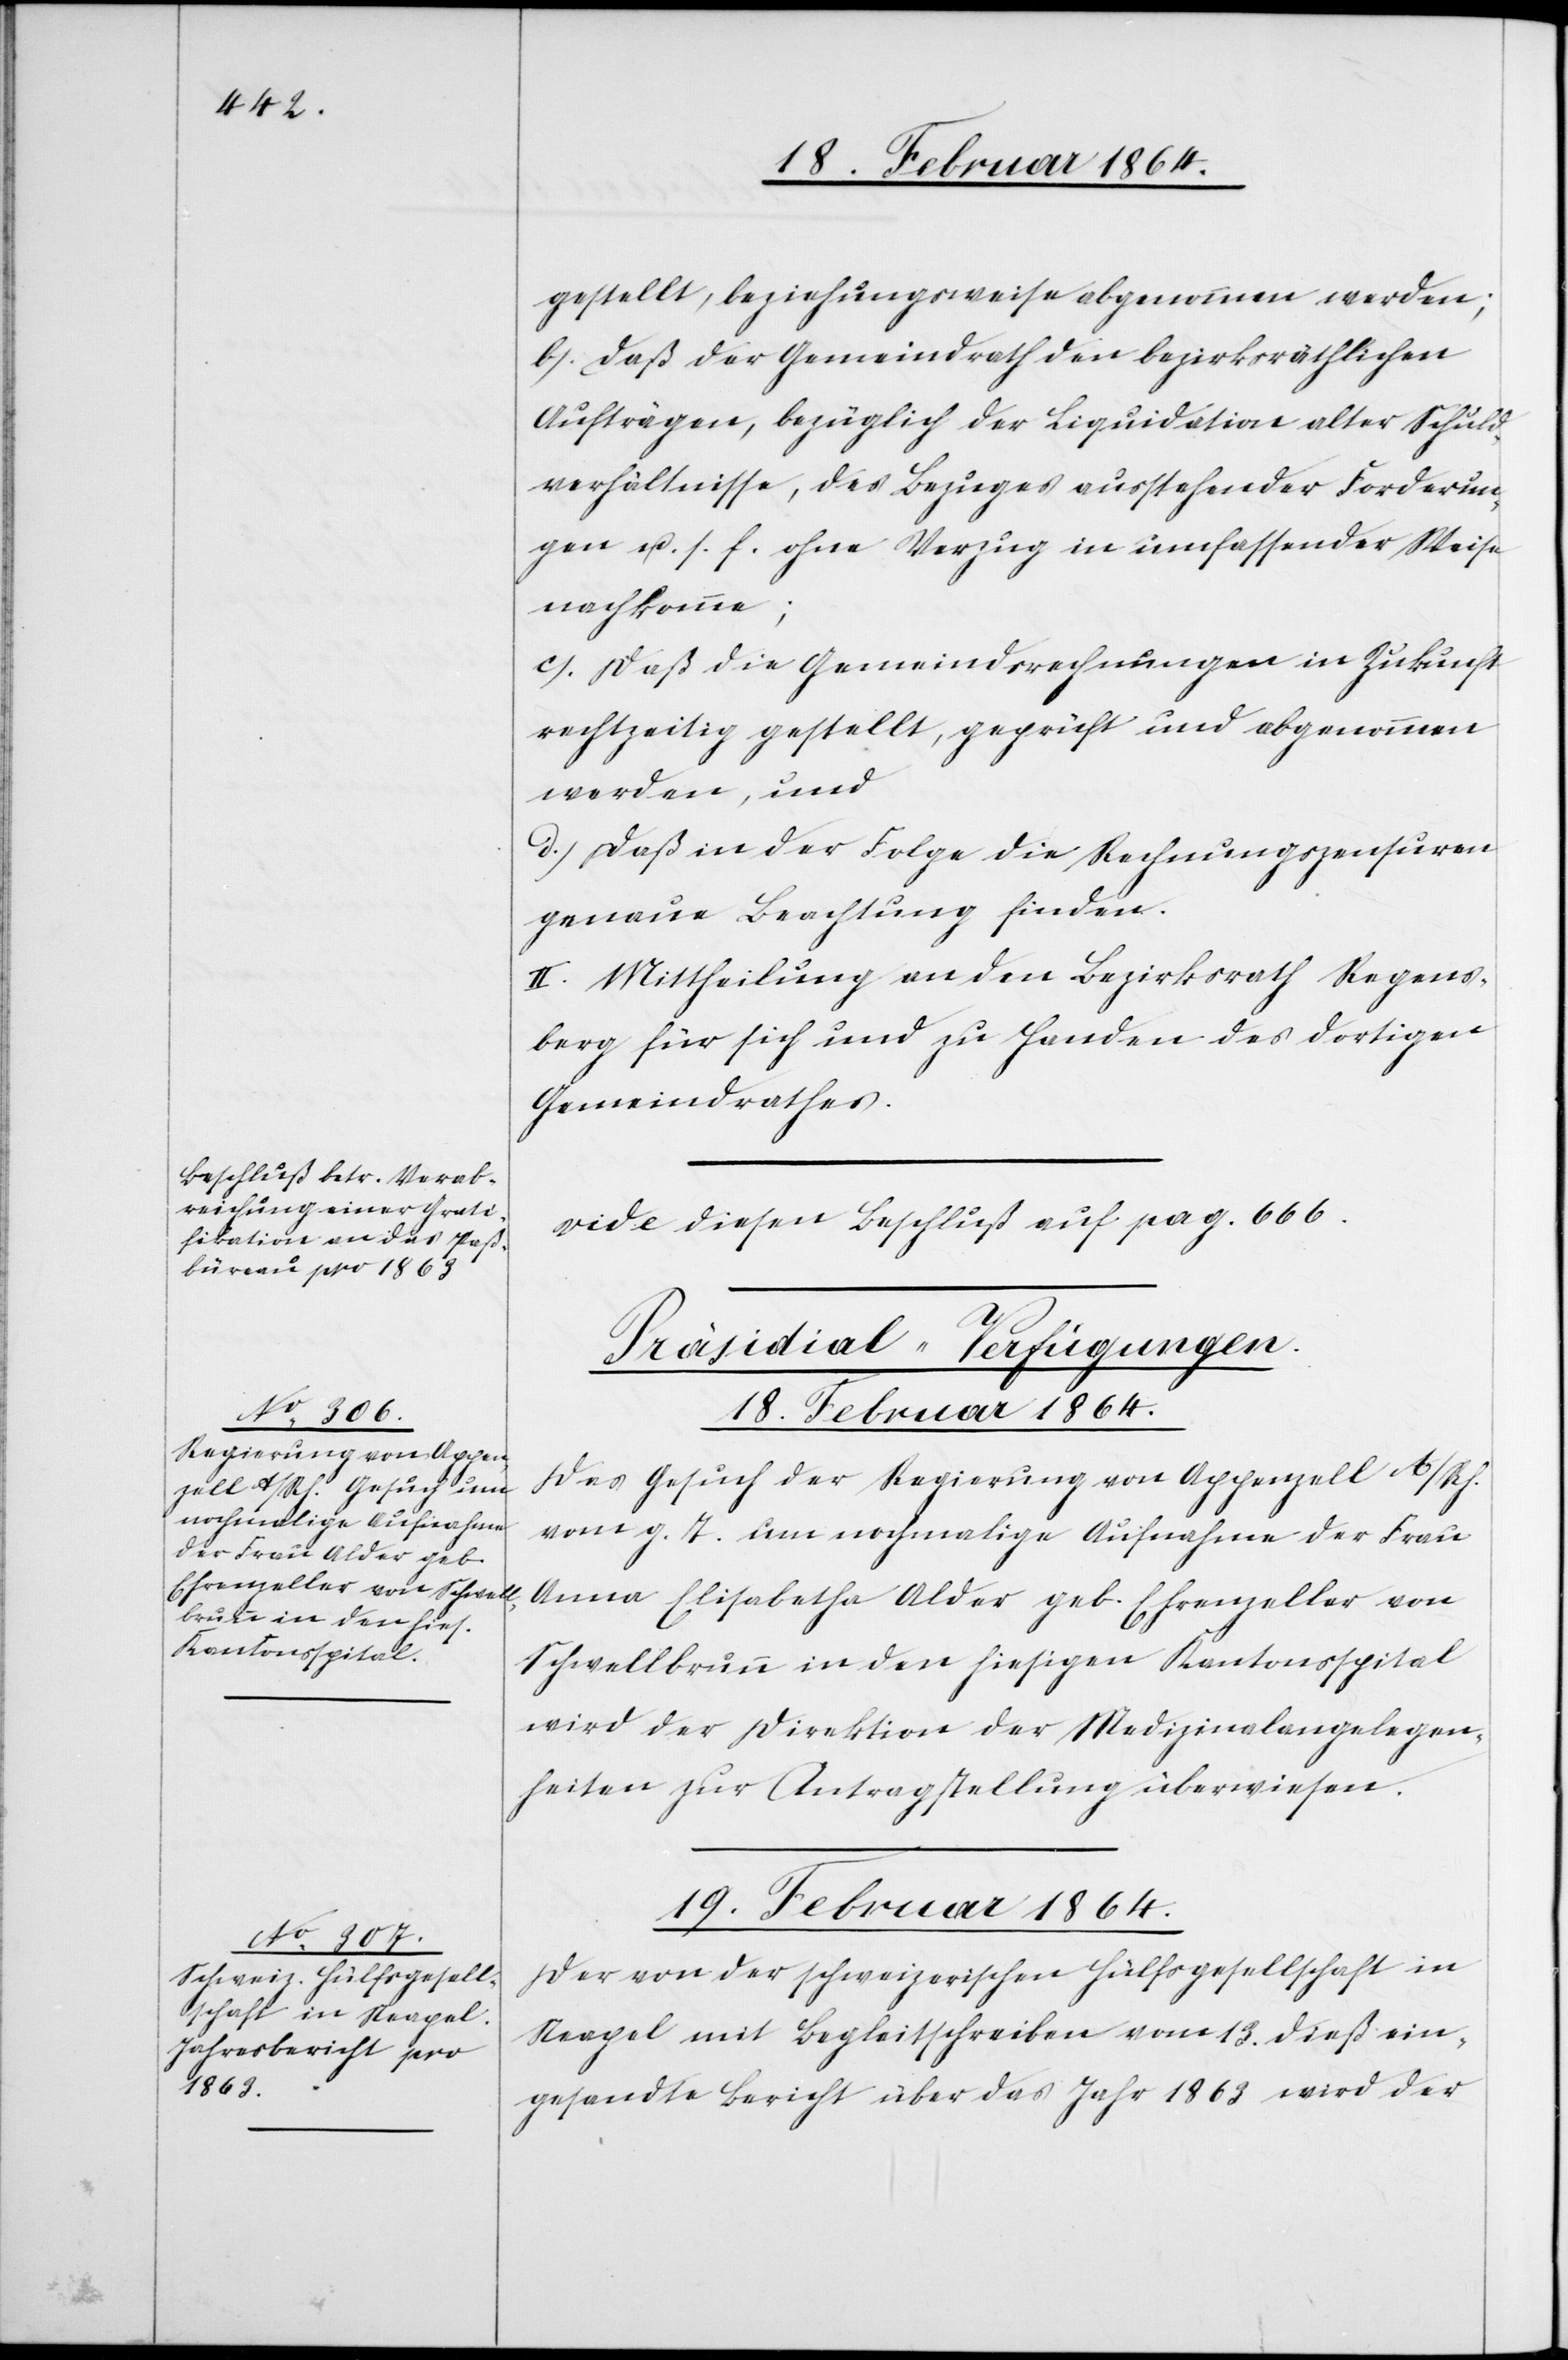
a-Beschluß betr. Verab¬
reichung einer Grati¬
fikation an das Paß¬
büreau pro 1863
auf pag.
diesen

18. Februar 1864
gestellt, beziehungsweise abgenommen werden;
b.) Daß der Gemeindrath den bezirksräthlichen
Aufträgen, bezüglich der Liquidation alter Schuld¬
verhältnisse, des Bezuges ausstehender Forderun¬
gen u. s. f. ohne Verzug in umfassender Weise
nachkomme;
c.) Daß die Gemeindsrechnungen in Zukunft
rechtzeitig gestellt, geprüft und abgenommen
werden, und
d.) Daß in der Folge die Rechnungszensuren
genau Beachtung finden.
II. Mittheilung an den Bezirksrath Regens¬
berg für sich und zu Handen des dortigen
Gemeindrathes.
[Präsidial-Verfügungen.]
Das Gesuch der Regierung von Appenzell A/Rh.
vom g. T. um nochmalige Aufnahme der Frau
Anna Elisabeth Alder geb. Ehrenzeller von
Schwellbrunn in den hiesigen Kantonsspital
wird der Direktion der Medizinalangelegen¬
heiten zur Antragstellung überwiesen.
19. Februar 1864
Der von der schweizerischen Hülfsgesellschaft in
Neapel mit Begleitschreiben vom 13. dieß ein¬
gesandte Bericht über das Jahr 1863 wird der